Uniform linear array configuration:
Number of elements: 48
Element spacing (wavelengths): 0.5
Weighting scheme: hann
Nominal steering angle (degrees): -45
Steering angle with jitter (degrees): -46.185
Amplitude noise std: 0.05
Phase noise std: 0.05

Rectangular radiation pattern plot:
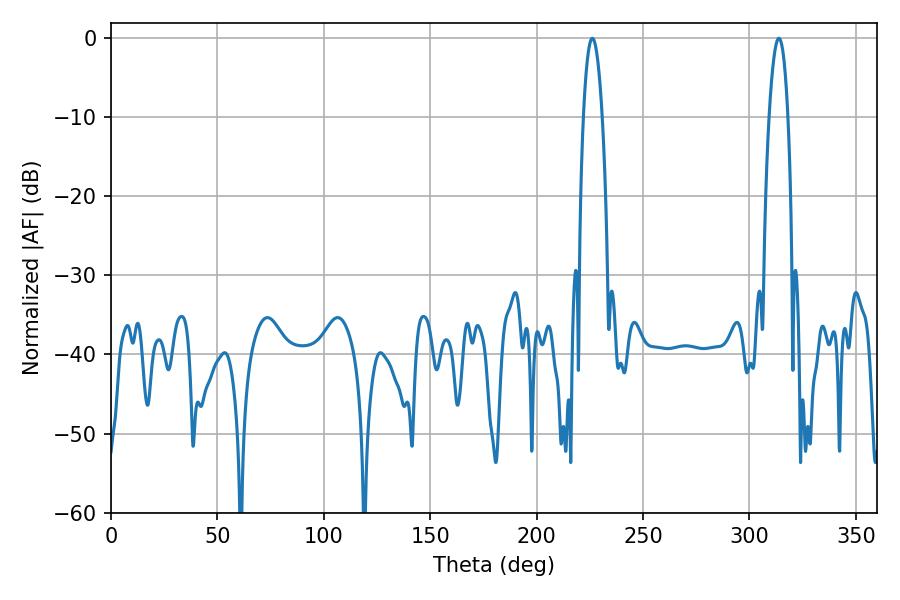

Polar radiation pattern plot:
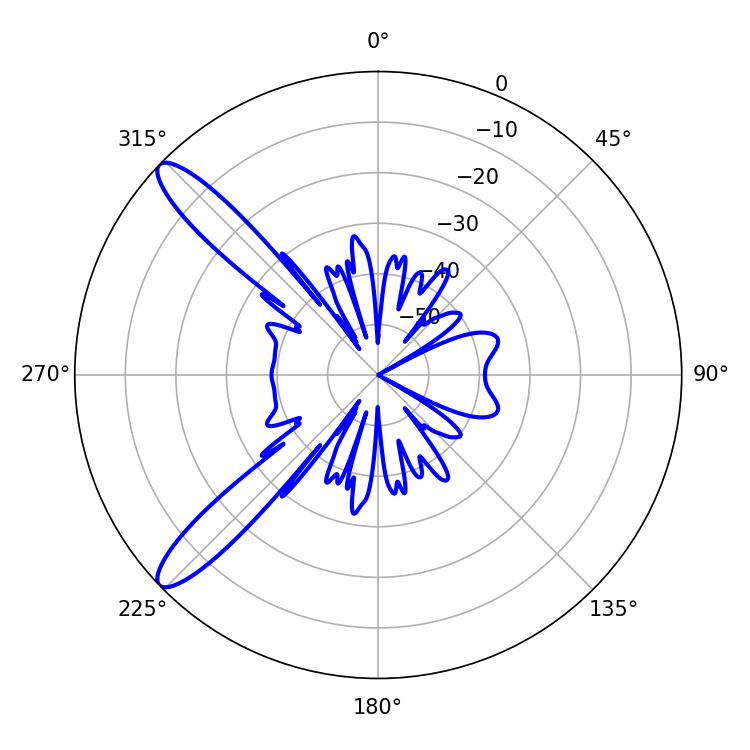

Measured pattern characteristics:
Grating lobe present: FALSE
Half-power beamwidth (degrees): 4.86
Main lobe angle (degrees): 313.74